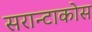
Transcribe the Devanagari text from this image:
सरान्टाकोस